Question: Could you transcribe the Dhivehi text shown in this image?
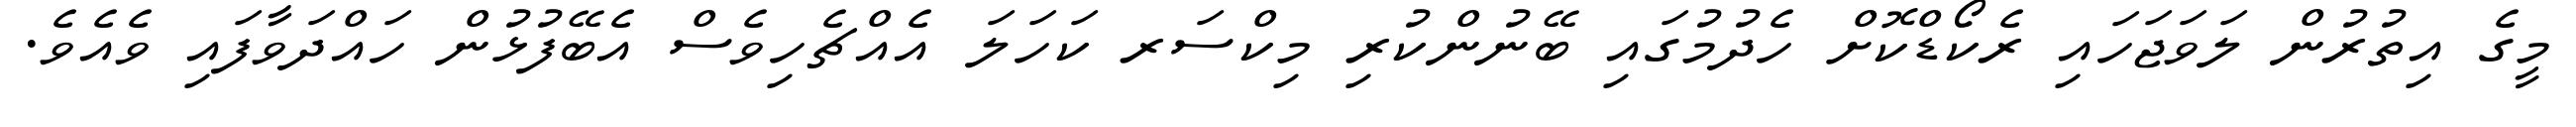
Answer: މީގެ އިތުރުން ލަވަޖަހައި ރެކޯޑްކޮށް ހެދުމުގައި ބޭނުންކުރި މިކްސަރ ކަހަލަ އެއްޗެހިވެސް އެބޭފުޅުން ހައްދަވާފައި ވެއެވެ.